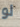
لو